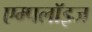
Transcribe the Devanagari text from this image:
एम्‍पलॉइज